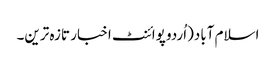
اسلام آباد(اُردو پوائنٹ اخبار تازہ ترین۔